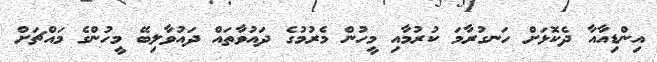
އިންޑިއާއާ ދެކޮޅަށް ހަނގުރާމަ ކުރުމާއި މީހުން މެރުމުގެ ދައުވާތައް ދައުވާލިބޭ މީހުންގެ މައްޗަށް